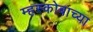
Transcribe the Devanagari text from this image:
म्हस्कोबाच्या